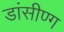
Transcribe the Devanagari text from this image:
डांसीण्ग